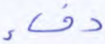
دفء